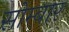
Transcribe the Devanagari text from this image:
सोम्बार